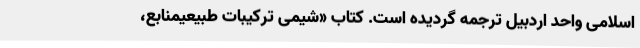
اسلامی واحد اردبیل ترجمه گردیده است. کتاب «شیمی ترکیبات طبیعیمنابع،